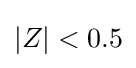
\left\vert Z\right\vert <0.5